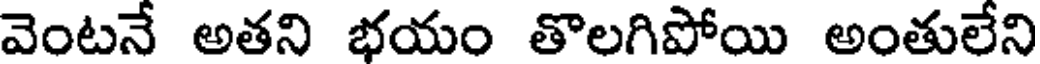
వెంటనే అతని భయం తొలగిపోయి అంతులేని